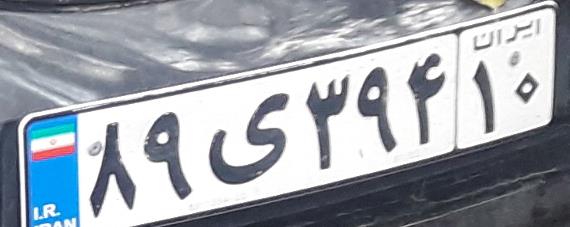
۸۹ی۳۹۴۱۰